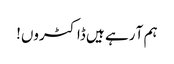
ہم آ رہے ہیں ڈاکٹروں!